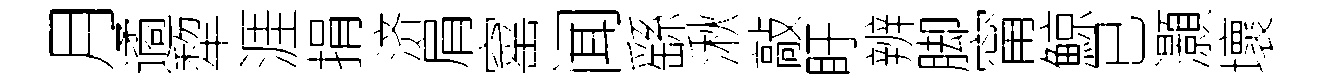
月遹犂涯捐济肩窰闻繇湫敲盱辨脚甯鯨已灝壞